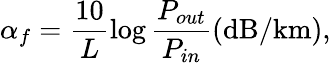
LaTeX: \alpha_{f}=\frac{10}{L}\log\frac{P_{out}}{P_{in}}\mathrm{(dB/km)},